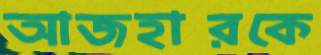
আজহারকে